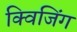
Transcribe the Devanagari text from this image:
क्विजिंग